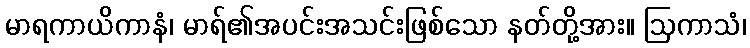
မာရကာယိကာနံ၊ မာရ်၏အပင်းအသင်းဖြစ်သော နတ်တို့အား။ ဩကာသံ၊